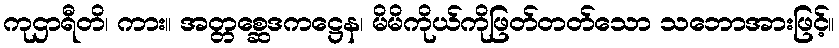
ကုဌာရီတိ၊ ကား။ အတ္တစ္ဆေဒကဋ္ဌေန၊ မိမိကိုယ်ကိုဖြတ်တတ်သော သဘောအားဖြင့်။